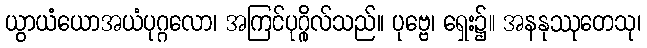
ယွာယံယောအယံပုဂ္ဂလော၊ အကြင်ပုဂ္ဂိုလ်သည်။ ပုဗ္ဗေ၊ ရှေး၌။ အနနုဿုတေသု၊